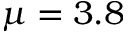
\mu = 3 . 8